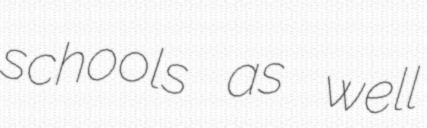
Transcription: schools as well